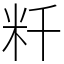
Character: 粁